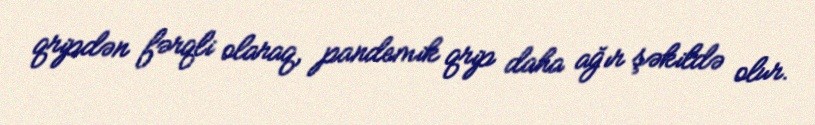
qripdən fərqli olaraq, pandemik qrip daha ağır şəkildə olur.